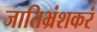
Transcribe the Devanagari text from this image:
जातिभ्रंशकरं